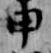
申